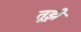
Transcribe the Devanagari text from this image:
तूझे